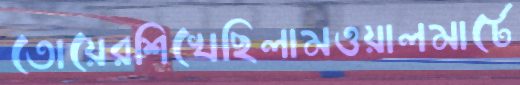
তোয়েরশিখেছিলামওয়ালমার্টে